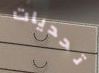
تحديات